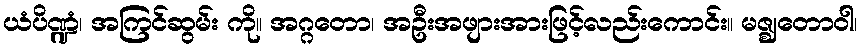
ယံပိဏ္ဍံ၊ အကြင်ဆွမ်း ကို။ အဂ္ဂတော၊ အဦးအဖျားအားဖြင့်လည်းကောင်း။ မဇ္ဈတောဝါ၊